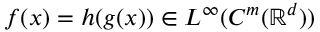
f ( \boldsymbol { x } ) = h ( \boldsymbol { g } ( \boldsymbol { x } ) ) \in L ^ { \infty } ( C ^ { m } ( \ensuremath { \mathbb { R } } ^ { d } ) )